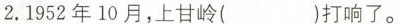
2. 1952年10月，上甘岭( )打响了。